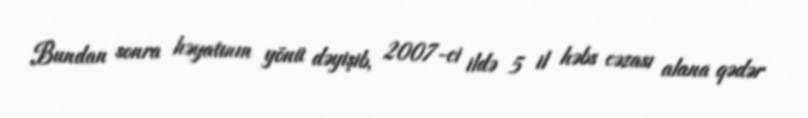
Bundan sonra həyatının yönü dəyişib, 2007-ci ildə 5 il həbs cəzası alana qədər